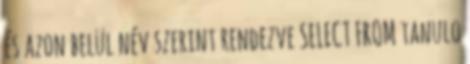
és azon belül név szerint rendezve SELECT FROM tanulo